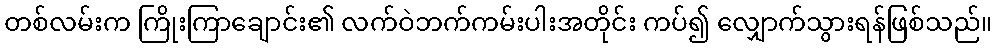
တစ်လမ်းက ကြိုးကြာချောင်း၏ လက်ဝဲဘက်ကမ်းပါးအတိုင်း ကပ်၍ လျှောက်သွားရန်ဖြစ်သည်။